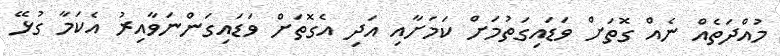
މުއްދަތެއް ނެއް ގޮތަށް ވަޑައިގަތުމަށް ކަމަށާއި އަދި އެގޮތަށް ވަޑައިގަންނަވާއިރު އެކަމާ ގުޅޭ